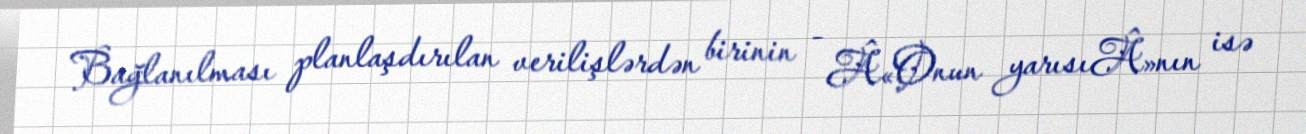
Bağlanılması planlaşdırılan verilişlərdən birinin - Â«Onun yarısıÂ»nın isə